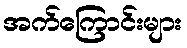
အက်ကြောင်းများ